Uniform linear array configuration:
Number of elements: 16
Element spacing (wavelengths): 0.25
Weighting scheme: exponential
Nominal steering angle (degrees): -15
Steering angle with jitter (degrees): -15.406
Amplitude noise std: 0.05
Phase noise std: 0.05

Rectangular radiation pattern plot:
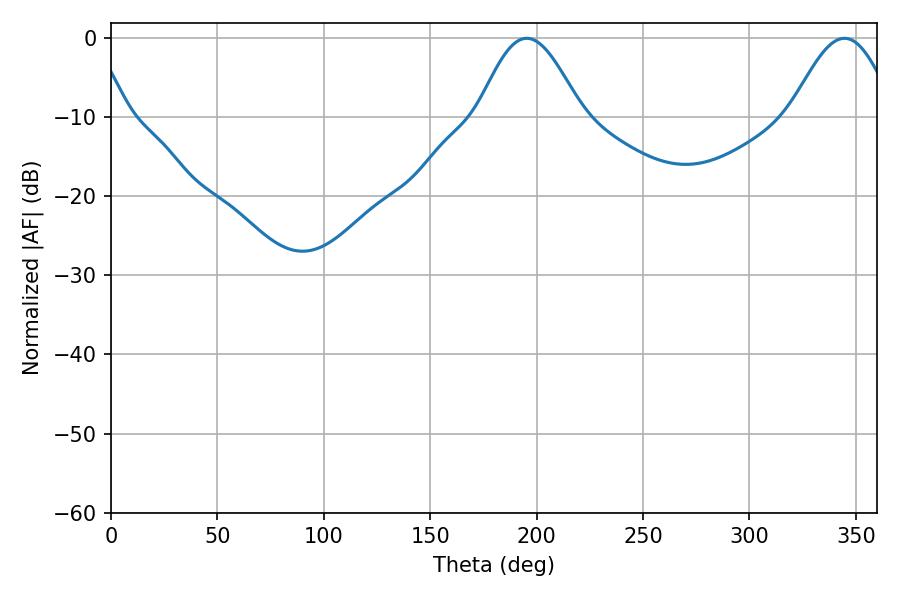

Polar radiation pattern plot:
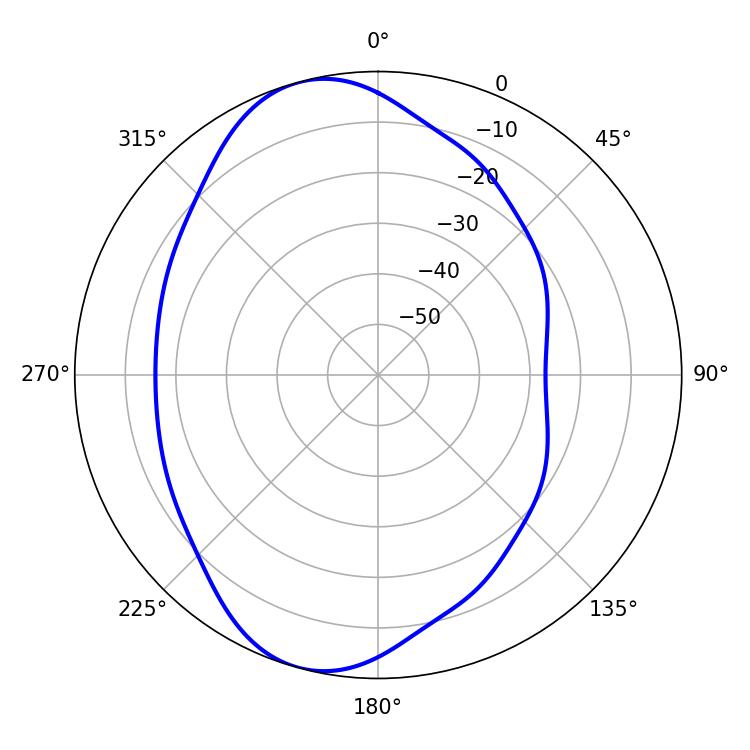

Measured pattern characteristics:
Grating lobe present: FALSE
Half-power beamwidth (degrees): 26.1
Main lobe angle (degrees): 195.3